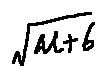
\sqrt { \mu + 6 }